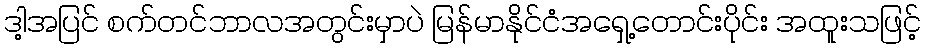
ဒါ့အပြင် စက်တင်ဘာလအတွင်းမှာပဲ မြန်မာနိုင်ငံအရှေ့တောင်းပိုင်း အထူးသဖြင့်